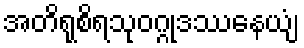
အတိရုစိရသုဝဂ္ဂုဒဿနေယျံ